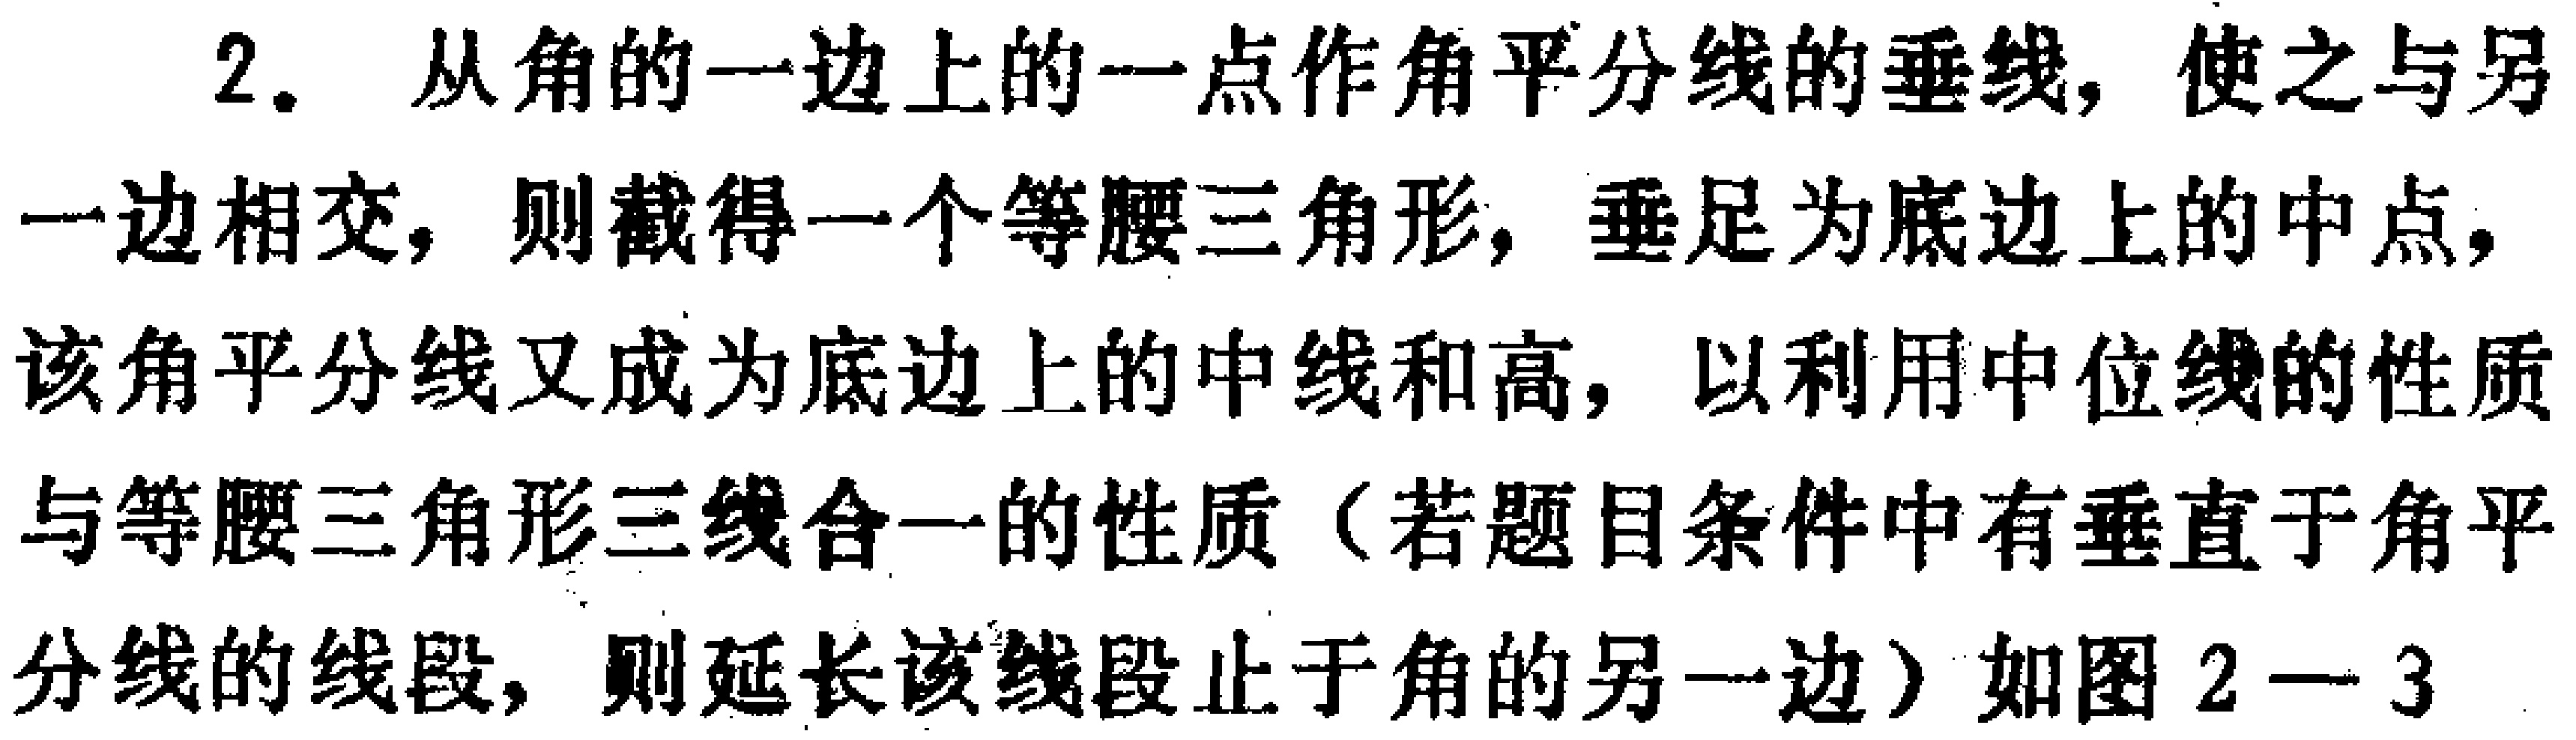
2. 从角的一边上的一点作角平分线的垂线，使之与另一边相交，则截得一个等腰三角形，垂足为底边上的中点，该角平分线又成为底边上的中线和高，以利用中位线的性质与等腰三角形三线合一的性质（若题目条件中有垂直于角平分线的线段，则延长该线段止于角的另一边）如图 \(2 - 3\)